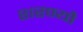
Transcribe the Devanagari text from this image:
शरण्यौ